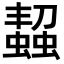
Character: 𧑨